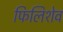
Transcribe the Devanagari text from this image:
फिलिशेव